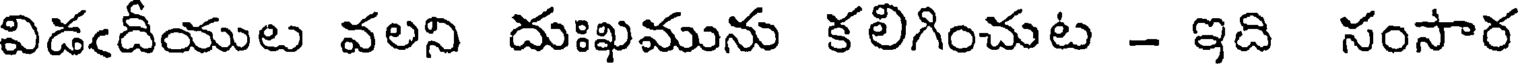
విడఁదీయుల వలని దుఃఖమును కలిగించుట - ఇది సంసార